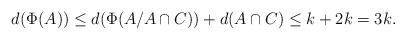
LaTeX: \begin{align*} d(\Phi(A))\leq d(\Phi(A/A\cap C))+d(A\cap C)\leq k+2k=3k. \end{align*}